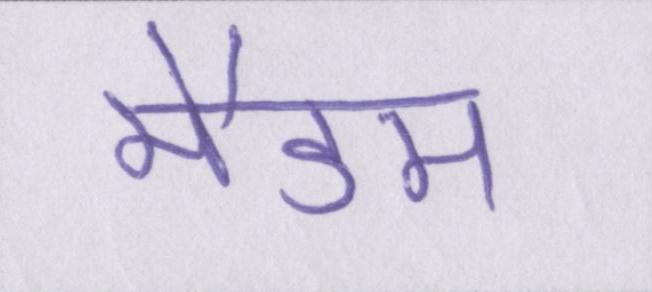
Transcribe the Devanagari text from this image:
मैडम